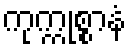
ကုက္ကုစ္စာနံ